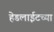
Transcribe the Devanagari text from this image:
हेडलाईटच्या